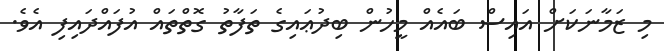
މި ޒަމާނަކަށް އައިސް ބައެއް މީހުން ބިދުޢައިގެ ތަފާތު ގޮތްތައް އުފައްދައިފި އެވެ.